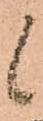
候